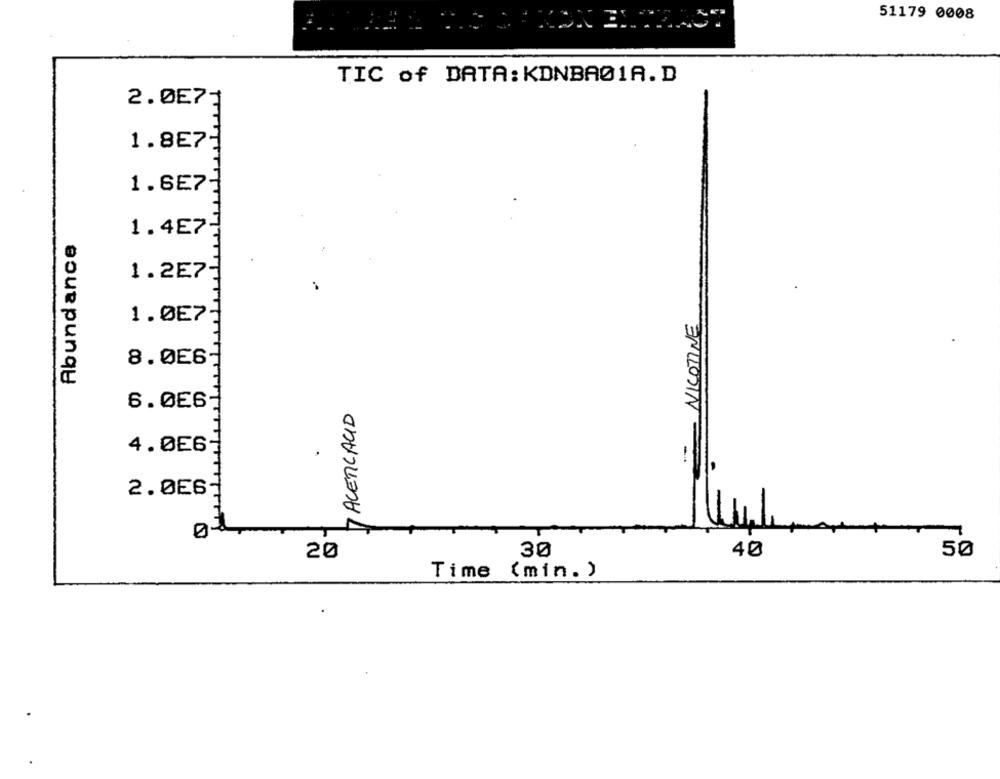
51179 0008
TIC of DATA: KDNBAØ1A.D
2.057-
1.8E7
1.6E7
Abundance
1.4E7
1.2E7
1.0E7
NICOTINE
8.0E6
6.0E6
7 ACETICACID
4.0E6
11
2.0E6
T
-
20
30
40
50
Time (min. )